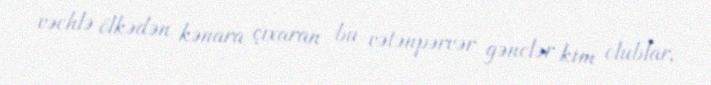
vəchlə ölkədən kənara çıxaran bu vətənpərvər gənclər kim olublar,